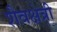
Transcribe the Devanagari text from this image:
शैवक्षेत्री